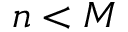
n < M